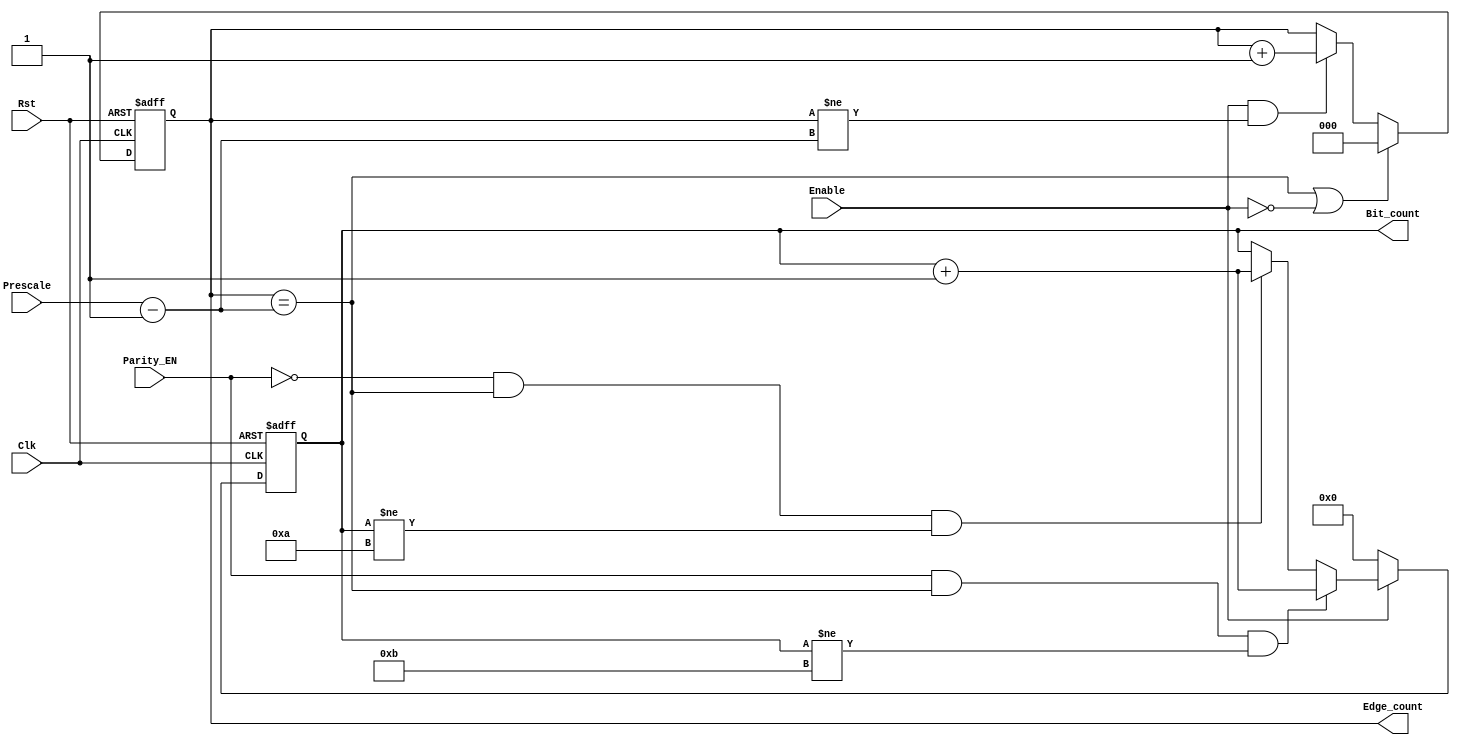
module Edge_bit_counter 

(
    input  wire [3:0]  Prescale,
    input  wire        Enable,
    input  wire        Clk,
    input  wire        Rst,
    input  wire        Parity_EN,
    output reg [3:0]   Bit_count,
    output reg [2:0]   Edge_count
);

 

always @(posedge Clk or negedge Rst) 
begin
    if(!Rst )
    begin
        Edge_count<= 3'd0;
    end
    else if(Edge_count== Prescale-3'd1  || !Enable)
    begin
        Edge_count<= 3'd0;
    end
    else if(Enable & (Edge_count!=Prescale-3'd1))
    begin
        Edge_count<= Edge_count + 3'd1;
    end
end
    
always @(posedge Clk or negedge Rst) 
begin
    if(!Rst  )
    begin
        Bit_count<= 4'd0;
    end
    else if(!Enable)
    begin
        Bit_count<= 4'd0;
    end
    else if (Parity_EN && (Edge_count== Prescale-3'd1)  && (Bit_count !=4'd11))
    begin
        Bit_count<= Bit_count + 4'd1;
    end
    else if (!Parity_EN && (Edge_count== Prescale-3'd1)   && (Bit_count !=4'd10))
    begin
        Bit_count<= Bit_count + 4'd1;
    end
end
 


endmodule